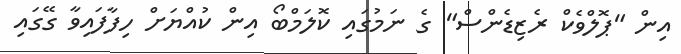
އިން "ޕޮލްވެކް ރެޒިޑެންސް" ގެ ނަމުގައި ކޮލަމްބޯ އިން ކުއްޔަށް ހިފާފައިވާ ގޭގައި